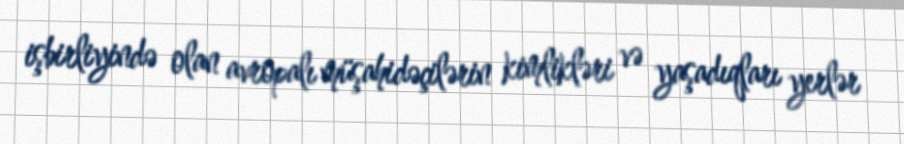
işbirliyində olan avropalı müşahidəçilərin kimlikləri və yaşadıqları yerlər